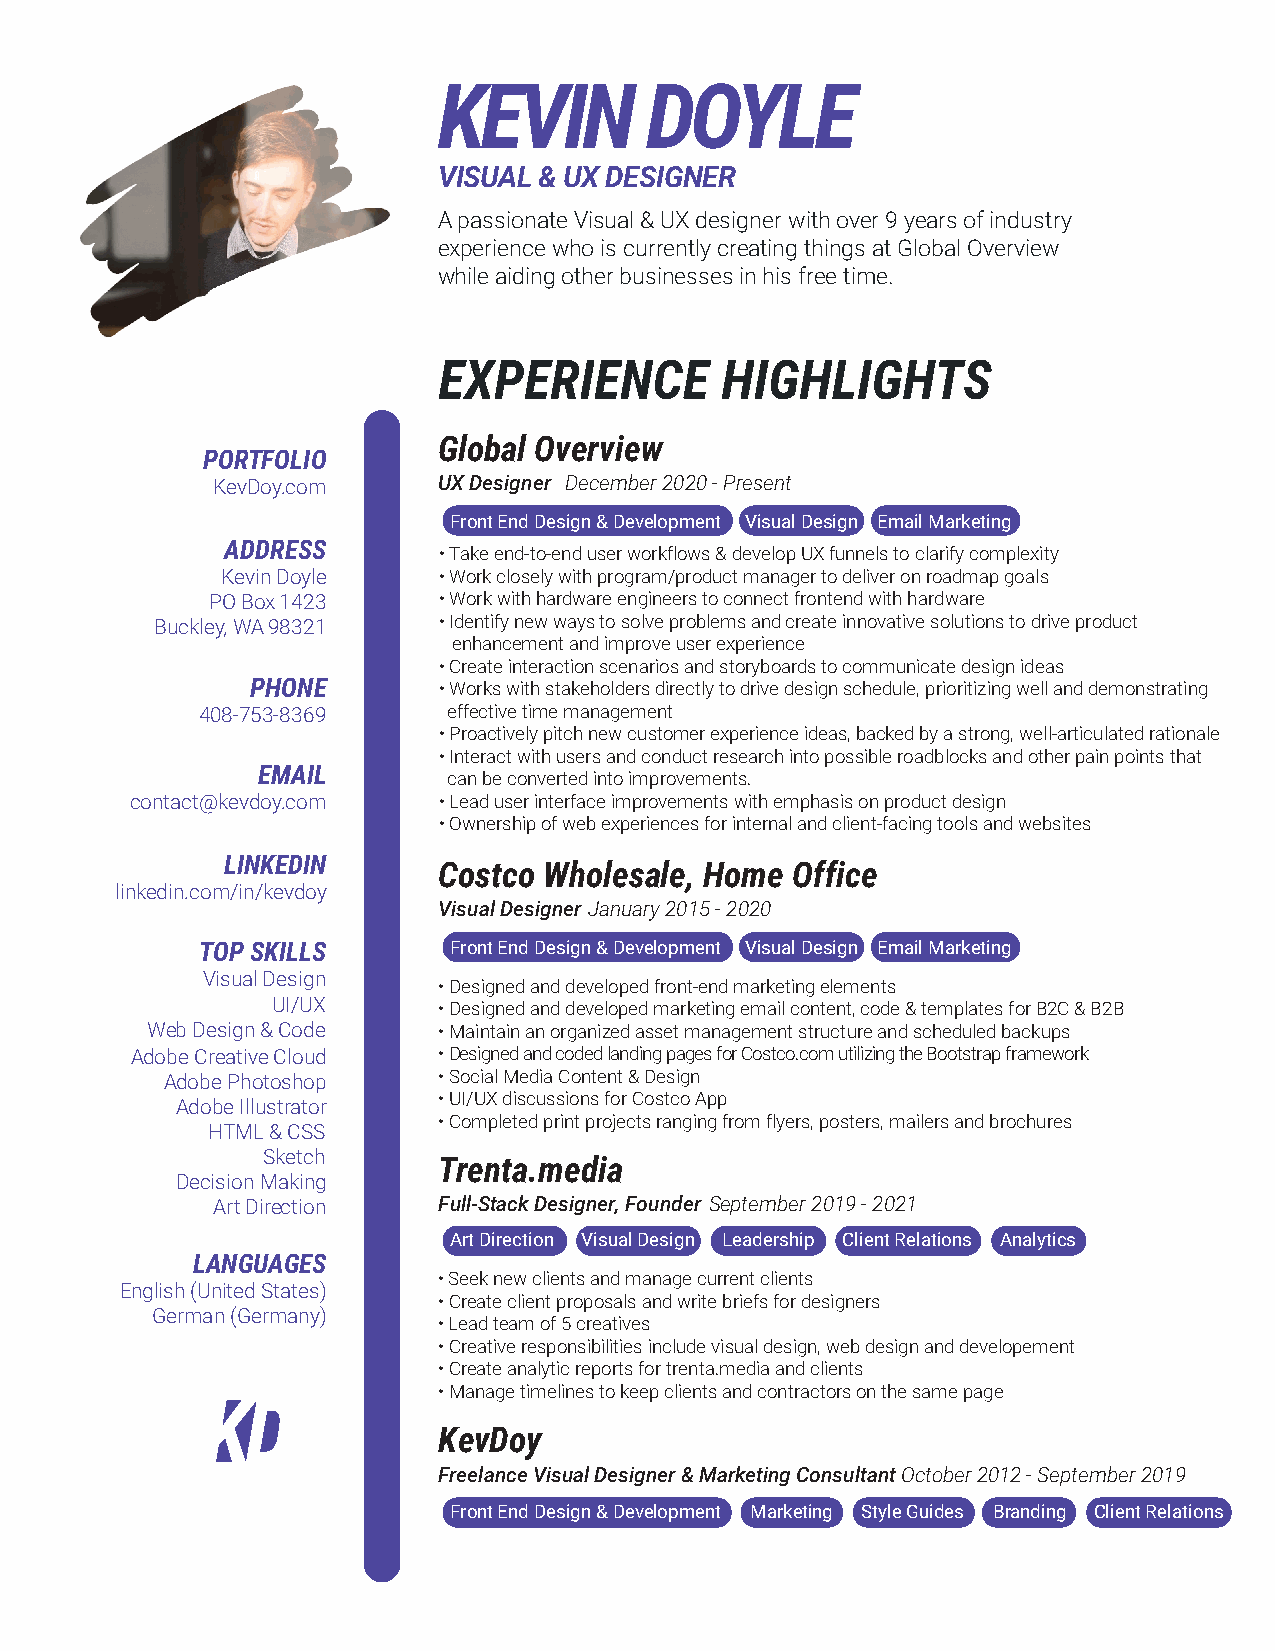
KEVIN         DOYLE
 VISUAL & UX DESIGNER
 A passionate Visual & UX designer with over 9 years of industry
 experience who is currently creating things at Global Overview
 while aiding other businesses in his free time.
 EXPERIENCE         HIGHLIGHTS
 Global Overview
 PORTFOLIO
 KevDoy.com     UX Designer December 2020 - Present
 Front End Design & Development Visual Design Email Marketing
 ADDRESS
 • Take end-to-end user workflows & develop UX funnels to clarify complexity
 Kevin Doyle   • Work closely with program/product manager to deliver on roadmap goals
 PO Box 1423    • Work with hardware engineers to connect frontend with hardware
 Buckley, WA 98321  • Identify new ways to solve problems and create innovative solutions to drive product
 enhancement and improve user experience
 • Create interaction scenarios and storyboards to communicate design ideas
 PHONE       • Works with stakeholders directly to drive design schedule, prioritizing well and demonstrating
 408-753-8369     effective time management
 • Proactively pitch new customer experience ideas, backed by a strong, well-articulated rationale
 • Interact with users and conduct research into possible roadblocks and other pain points that
 EMAIL
 can be converted into improvements.
 contact@kevdoy.com  • Lead user interface improvements with emphasis on product design
 • Ownership of web experiences for internal and client-facing tools and websites
 LINKEDIN
 Costco Wholesale, Home Office
 linkedin.com/in/kevdoy
 Visual Designer January 2015 - 2020
 TOP SKILLS       Front End Design & Development Visual Design Email Marketing
 Visual Design
 • Designed and developed front-end marketing elements
 UI/UX      • Designed and developed marketing email content, code & templates for B2C & B2B
 Web Design & Code  • Maintain an organized asset management structure and scheduled backups
 Adobe Creative Cloud • Designed and coded landing pages for Costco.com utilizing the Bootstrap framework
 Adobe Photoshop   • Social Media Content & Design
 • UI/UX discussions for Costco App
 Adobe Illustrator
 • Completed print projects ranging from flyers, posters, mailers and brochures
 HTML & CSS
 Sketch
 Trenta.media
 Decision Making
 Art Direction  Full-Stack Designer, Founder September 2019 - 2021
 Art Direction Visual Design Leadership Client Relations Analytics
 LANGUAGES
 • Seek new clients and manage current clients
 English (United States)
 • Create client proposals and write briefs for designers
 German (Germany)
 • Lead team of 5 creatives
 • Creative responsibilities include visual design, web design and developement
 • Create analytic reports for trenta.media and clients
 • Manage timelines to keep clients and contractors on the same page
 KevDoy
 Freelance Visual Designer & Marketing Consultant October 2012 - September 2019
 Front End Design & Development Marketing Style Guides Branding Client Relations